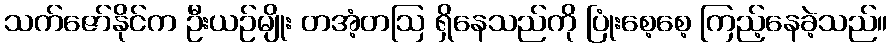
သက်ဇော်နိုင်က ဦးယဉ်မျိုး တအံ့တဩ ရှိနေသည်ကို ပြုံးစေ့စေ့ ကြည့်နေခဲ့သည်။